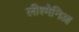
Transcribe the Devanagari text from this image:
लीश्मेनिआ